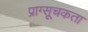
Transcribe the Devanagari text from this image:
प्राग्सूचकता